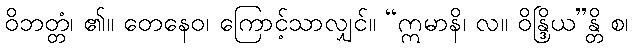
ဝိဘတ္တံ၊ ၏။ တေနေဝ၊ ကြောင့်သာလျှင်။ “ဣမာနိ၊ လ။ ဝိန္ဒြိယ”န္တိ စ၊